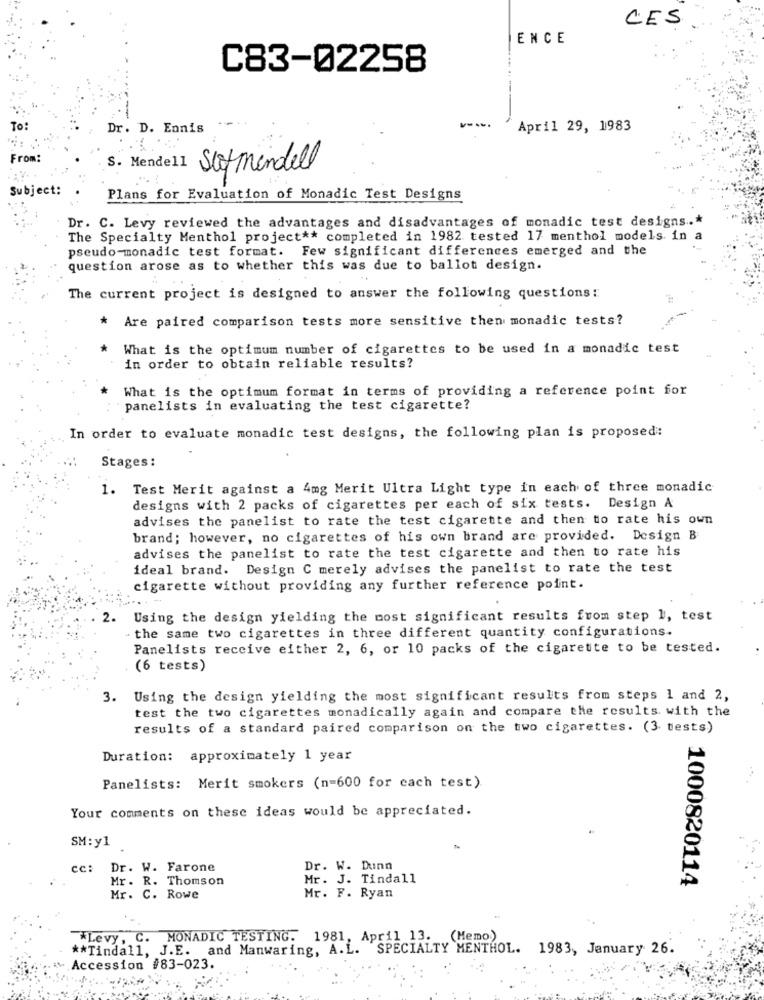
CES
ENCE
C83-02258
To:
Dr. D. Ennis
---.
April 29, 1983
From:
S. Mendell
scofmendell
Subject:
Plans for Evaluation of Monadic Test Designs
Dr. C. Levy reviewed the advantages and disadvantages of monadic test designs .*
The Specialty Menthol project ** completed in 1982 tested 17 menthol models in a
pseudo-monadic test format. Few significant differences emerged and the
question arose as to whether this was due to ballot design.
The current project is designed to answer the following questions:
* Are paired comparison tests more sensitive then monadic tests?
* What is the optimum number of cigarettes to be used in a monadic test
in order to obtain reliable results?
What is the optimum format in terms of providing a reference point for
panelists in evaluating the test cigarette?
In order to evaluate monadic test designs, the following plan is proposed:
Stages :
1. Test Merit against a 4mg Merit Ultra Light type in each of three monadic
designs with 2 packs of cigarettes per each of six tests. Design A
advises the panelist to rate the test cigarette and then to rate his own
brand; however, no cigarettes of his own brand are provided. Design B
advises the panelist to rate the test cigarette and then to rate his
ideal brand. Design C merely advises the panelist to rate the test
cigarette without providing any further reference point.
2.
Using the design yielding the most significant results from step 1, test
the same two cigarettes in three different quantity configurations.
Panelists receive either 2, 6, or 10 packs of the cigarette to be tested.
(6 tests)
3. Using the design yielding the most significant results from steps 1 and 2,
test the two cigarettes monadically again and compare the results with the
results of a standard paired comparison on the two cigarettes. (3 tests)
Duration: approximately 1 year
Panelists: Merit smokers (n=600 for each test)
Your comments on these ideas would be appreciated.
SM: y1
: Dr. W. Farone
Dr. W. Dunn
Mr. R. Thomson
Mr. J. Tindall
1000820114
Mr. C. Rowe
Mr. F. Ryan
*Levy, C. MONADIC TESTING. 1981, April 13. (Memo)
** Tindall, J.E. and Manwaring, A.L.
SPECIALTY MENTHOL. 1983, January 26.
Accession #83-023.